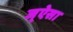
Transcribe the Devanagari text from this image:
ज्ऐसा